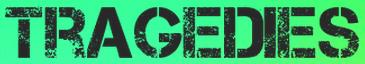
TRAGEDIES